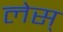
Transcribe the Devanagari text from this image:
लेस्